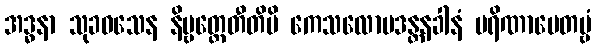
အဒ္ဓနာ သုခဝသေန နိဗ္ဗတ္တေတီတိပိ ကေသလောမဒန္တနခါနံ ပရိဏာမေတဗ္ဗံ